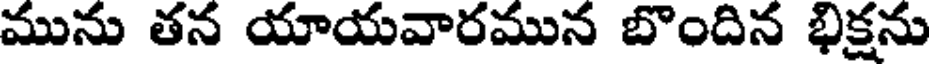
మును తన యాయవారమున బొందిన భిక్షను